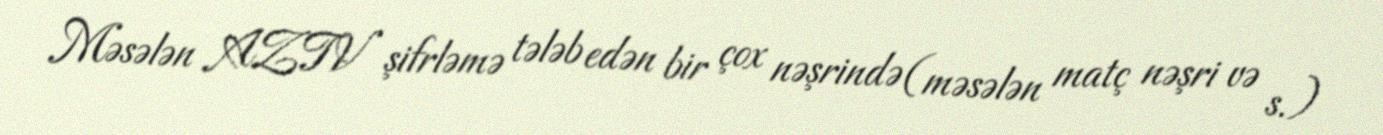
Məsələn AZTV şifrləmə tələb edən bir çox nəşrində (məsələn matç nəşri və s.)